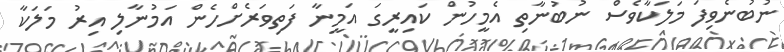
ނުބުނެވިފަ މަލަކާވެސް ނުބުނާތި އެމީހުން ކައިރީގަ އަމީނާ ފަތިވަރެށްހެން އަމުނާލި އިރު މަލަކާ